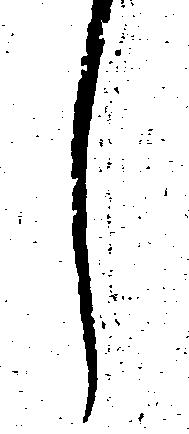
し